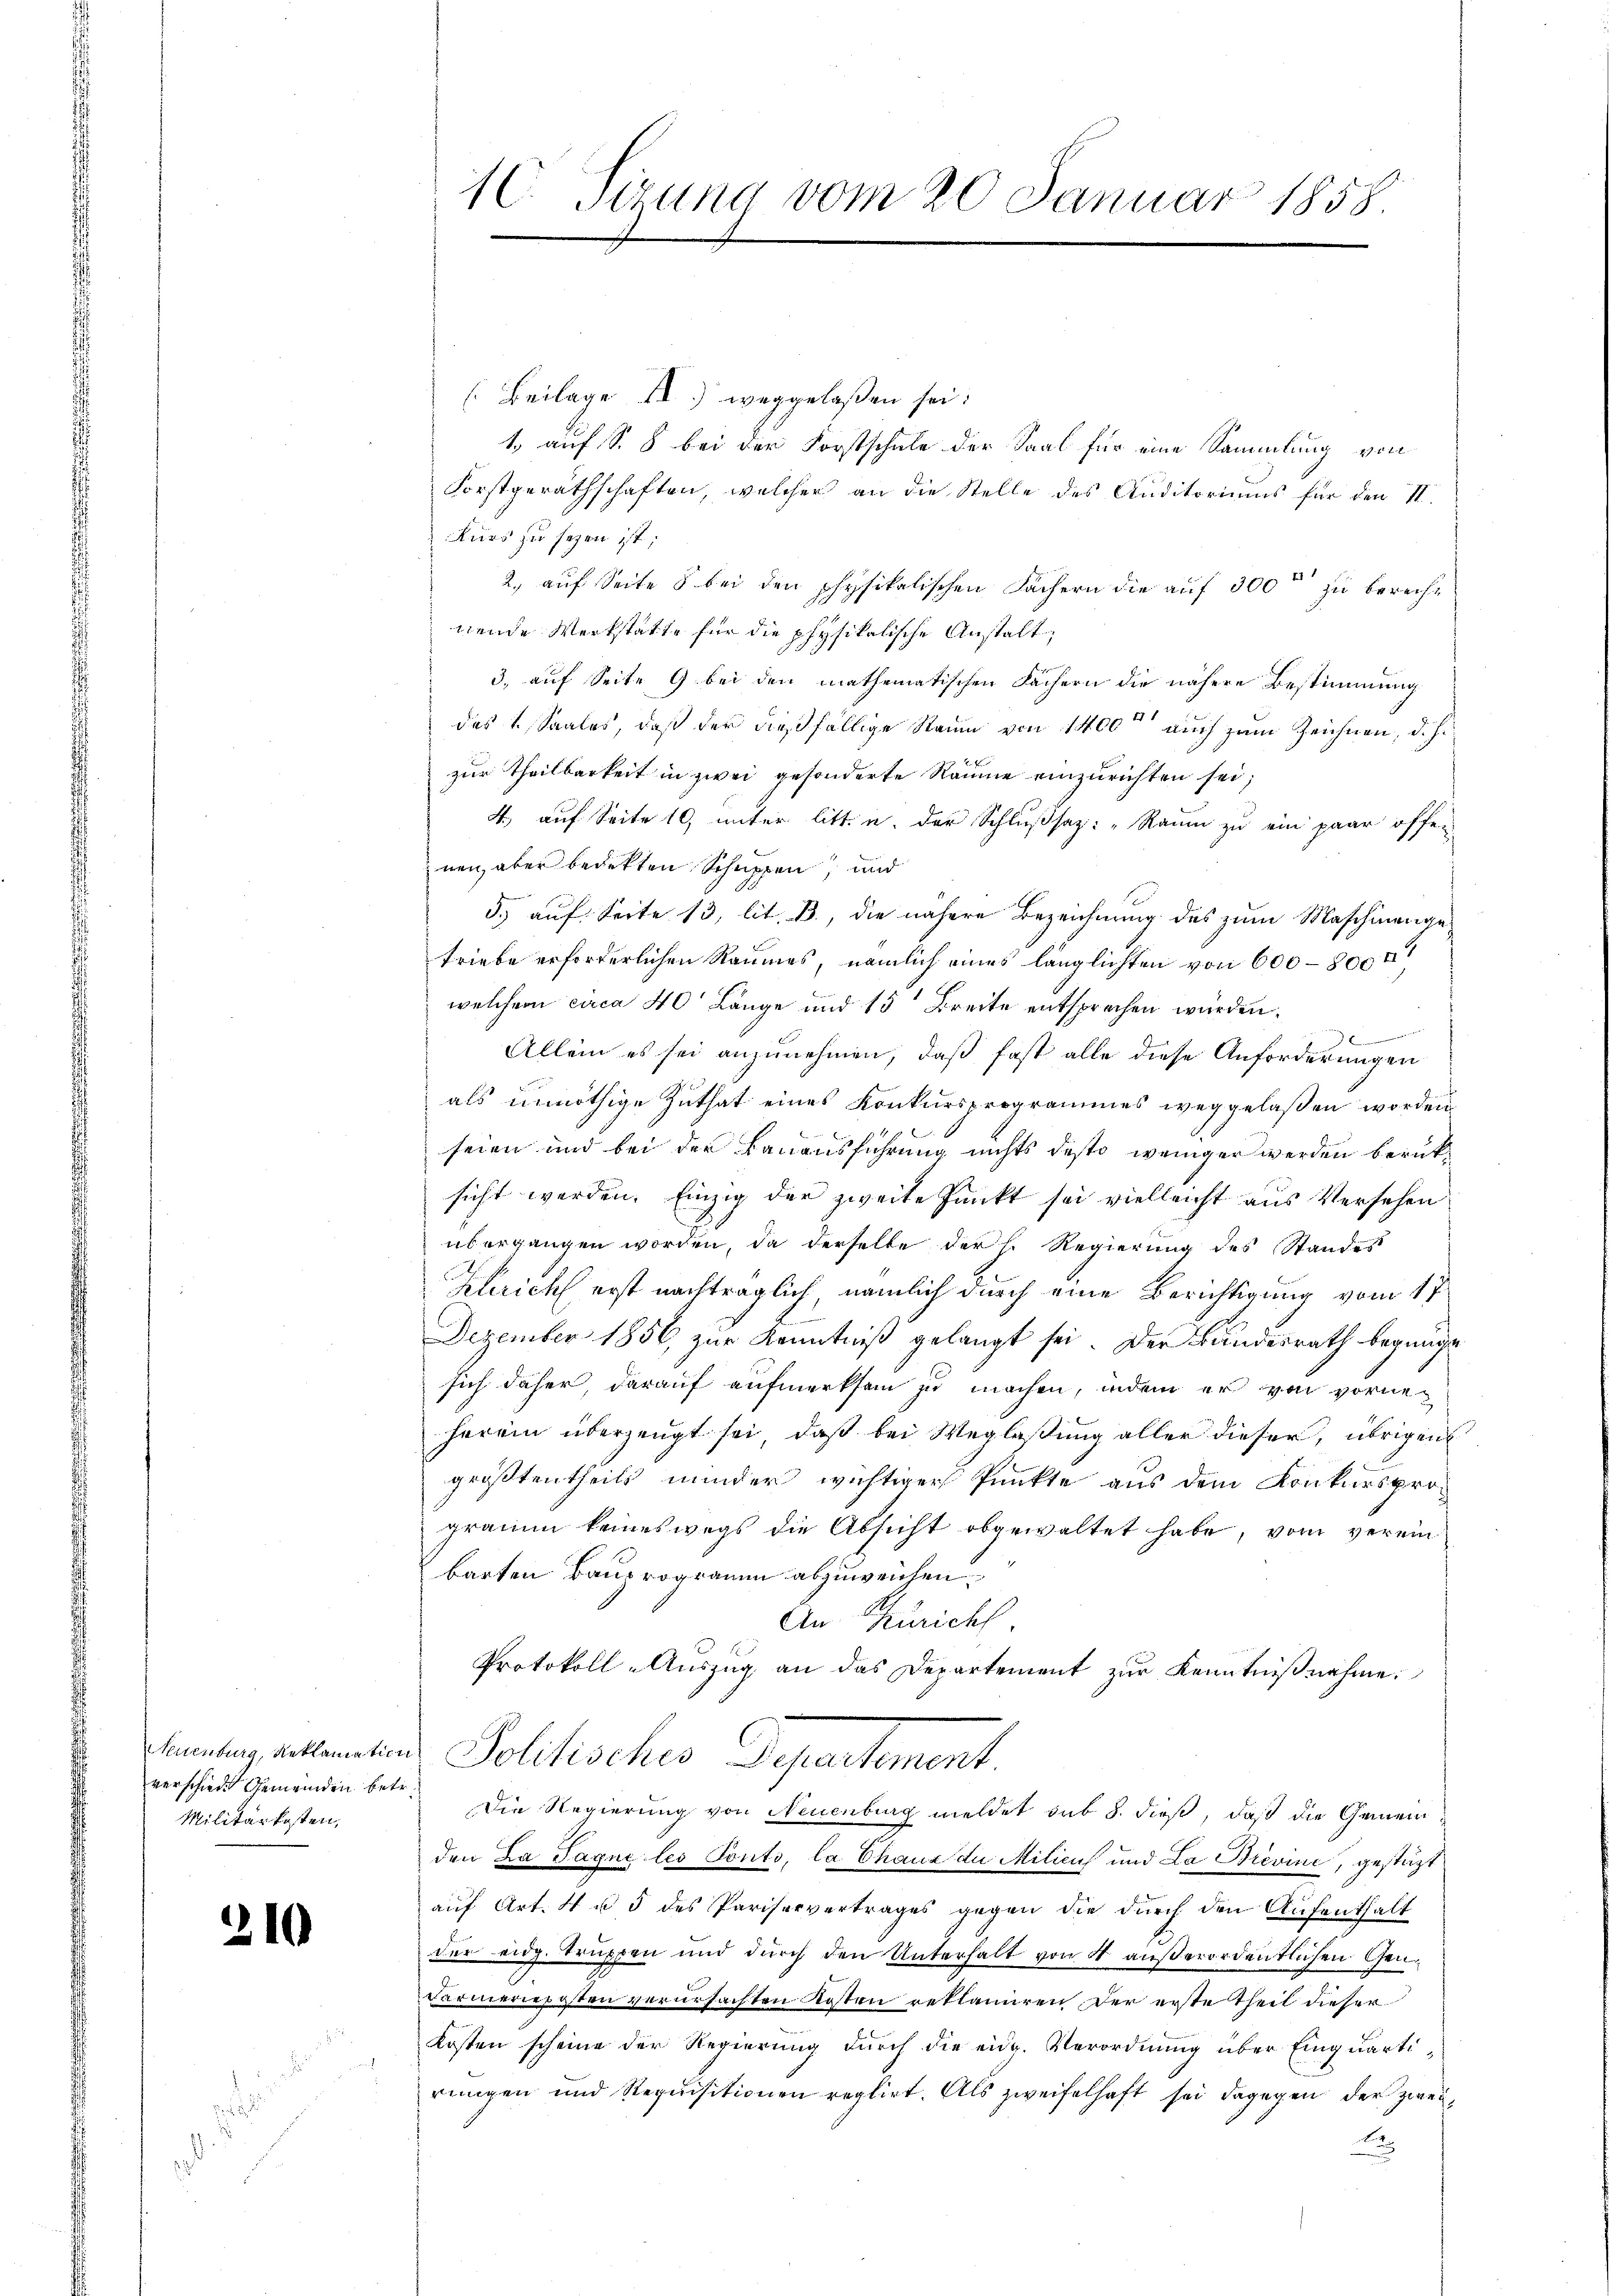
verschiede Gemeinden betr.
Militärkosten,

210

[Beilage II.) weggelaßen sei.
1., auf S. 8 bei der Forstschule der Saal für eine Sammlung von
Forstgeräthschaften, welcher an die Stelle des Auditoriums für den II.
Kurs zu seyen ist;
2., auf Seite 8 bei den physikalischen Sachern die auf 300 [Quadratfuss berecht
nende Werkstatte für die physikalische Anstalt,
3. auf Seite 9 bei den mathematischen Fächern die nähere Bestimmung
das Saales, daß der dießfällige Saum von 1400 auch zum Zeichnen, d. h.
zur Theilbarkeit in zwei gesonderte Räume einzurichten sei;
4. auf Seite 10, unter litt. u. der Schlußsatz: „Raum zu ein paar offen
nen, aber bedekten Schuppen, und
5. auf Seite 13, lit. B., die nähere Bezeichnung des zum Maschinengetriebe erforderlichen Raumes, nämlich eines länglichten von 600–800 r
welchem circa 40 Länge und 15 Breite entsprechen würden.
 Keisen
Allein es sei anzunehmen, daß fast alle diese Anforderungen
als unnöthige Zuthat eines Konkursprogrammes weggelaßen worden
seien und bei der Bauausführung nichts desto weniger werden berüksicht werden. Einzig der zweite Punkt sei vielleicht aus Versehen
übergangen worden, da derselbe der h. Regierung des Standes
Klericht erst nachträglich, nämlich durch eine Berichtigung vom 17
Dezember 1856, zur Kenntniß gelangt sei. Der Bundesrath begnüge
sich daher, darauf aufmerksam zu machen, indem er von vorne-
herein überzeugt sei, daß bei Weglasung aller dieser, übrigen
größtentheils minder wichtiger Punkte aus dem Konkursprograum keineswegs die Absicht abgewaltet habe, vom verein
barten Bauprogramm abzuweichen.
An Zürich
Protokoll-Auszug an das Departement zur Kenntniβnahme.
Samlung verrenten Politisches Departement.
Die Regierung von Neuenburg meldet sub 8. dieß, daß die Gemein
den La Paque les Ponto, la Chaux du Milicus und La Brevine, gestützt
auf Art. 4 u. 5 des Pariservertrages gegen die durch den Aufenthalt
der Eidg. Truppen und durch den Unterhalt von 4 außerordentlichen Gen¬
Farmerieposten verursachten Kosten reklamiren der erste Theil dieser
Kosten scheine der Regierung durch die eidg. Verordnung über Einquartirungen und Requisitionen reglirt. Als zweifelhaft sei dagegen der zweii

10. Sirung vom 20. Januar 1858.